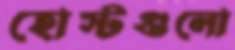
হোস্টগুলো